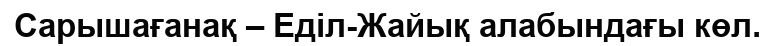
Сарышағанақ – Еділ-Жайық алабындағы көл.